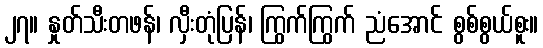
၂၇။ နှုတ်သီးတဖန်၊ လှီးတုံပြန်၊ ကြွက်ကြွက် ညံအောင် စွစ်စွယ်စူး။